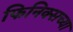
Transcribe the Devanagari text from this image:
फिनिक्सच्या